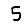
Digit: 5